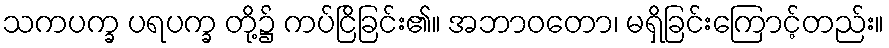
သကပက္ခ ပရပက္ခ တို့၌ ကပ်ငြိခြင်း၏။ အဘာဝတော၊ မရှိခြင်းကြောင့်တည်း။